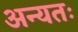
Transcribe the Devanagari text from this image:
अन्यतः